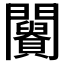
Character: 𨷪